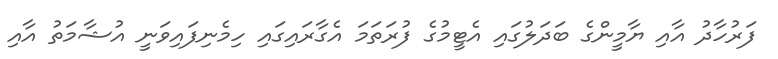
ފަރުހާދު އާއި ޔާމީންގެ ބަދަލުގައި އެޓީމުގެ ފުރަތަމަ އެގާރަައިގައި ހިމެނިފައިވަނީ އުޝާމަތު އާއި